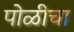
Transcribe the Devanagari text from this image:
पोळीचा